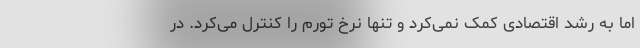
اما به رشد اقتصادی کمک نمی‌کرد و تنها نرخ تورم را کنترل می‌کرد. در